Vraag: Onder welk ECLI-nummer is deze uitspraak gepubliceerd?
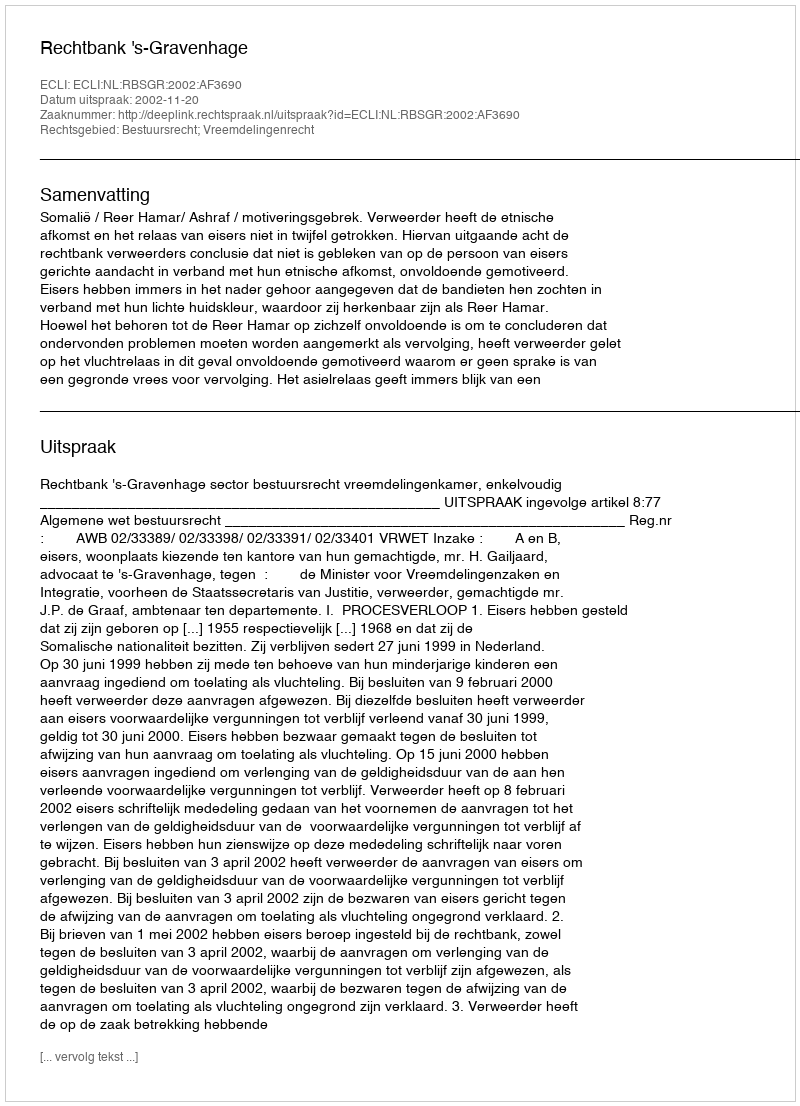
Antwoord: ECLI:NL:RBSGR:2002:AF3690